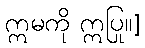
ဣမကို ဣပြု။]